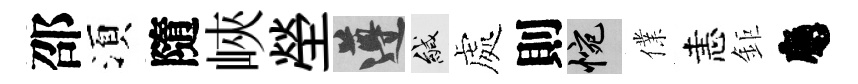
邵湏隨峽塋遵緘處則惋㒒恚鉅應